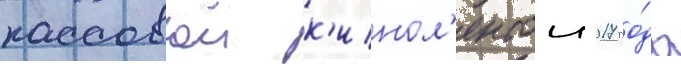
кассовои к'инол'ентои 2017 го́да